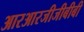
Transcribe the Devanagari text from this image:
आरआरजीजीबीबी